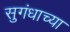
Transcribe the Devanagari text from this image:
सुगंधाच्या